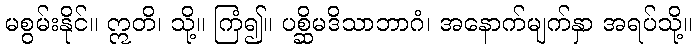
မစွမ်းနိုင်။ ဣတိ၊ သို့။ ကြံ၍။ ပစ္ဆိမဒိသာဘာဂံ၊ အနောက်မျက်နှာ အရပ်သို့။